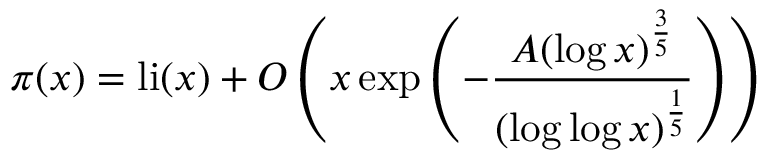
\pi ( x ) = \operatorname { l i } ( x ) + O \left( x \exp \left( - { \frac { A ( \log x ) ^ { \frac { 3 } { 5 } } } { ( \log \log x ) ^ { \frac { 1 } { 5 } } } } \right) \right)